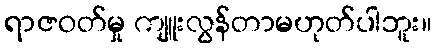
ရာဇဝတ်မှု ကျူးလွန်တာမဟုတ်ပါဘူး။